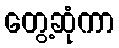
တွေ့ဆုံကာ